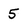
Character: 5